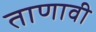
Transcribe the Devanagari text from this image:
ताणावी